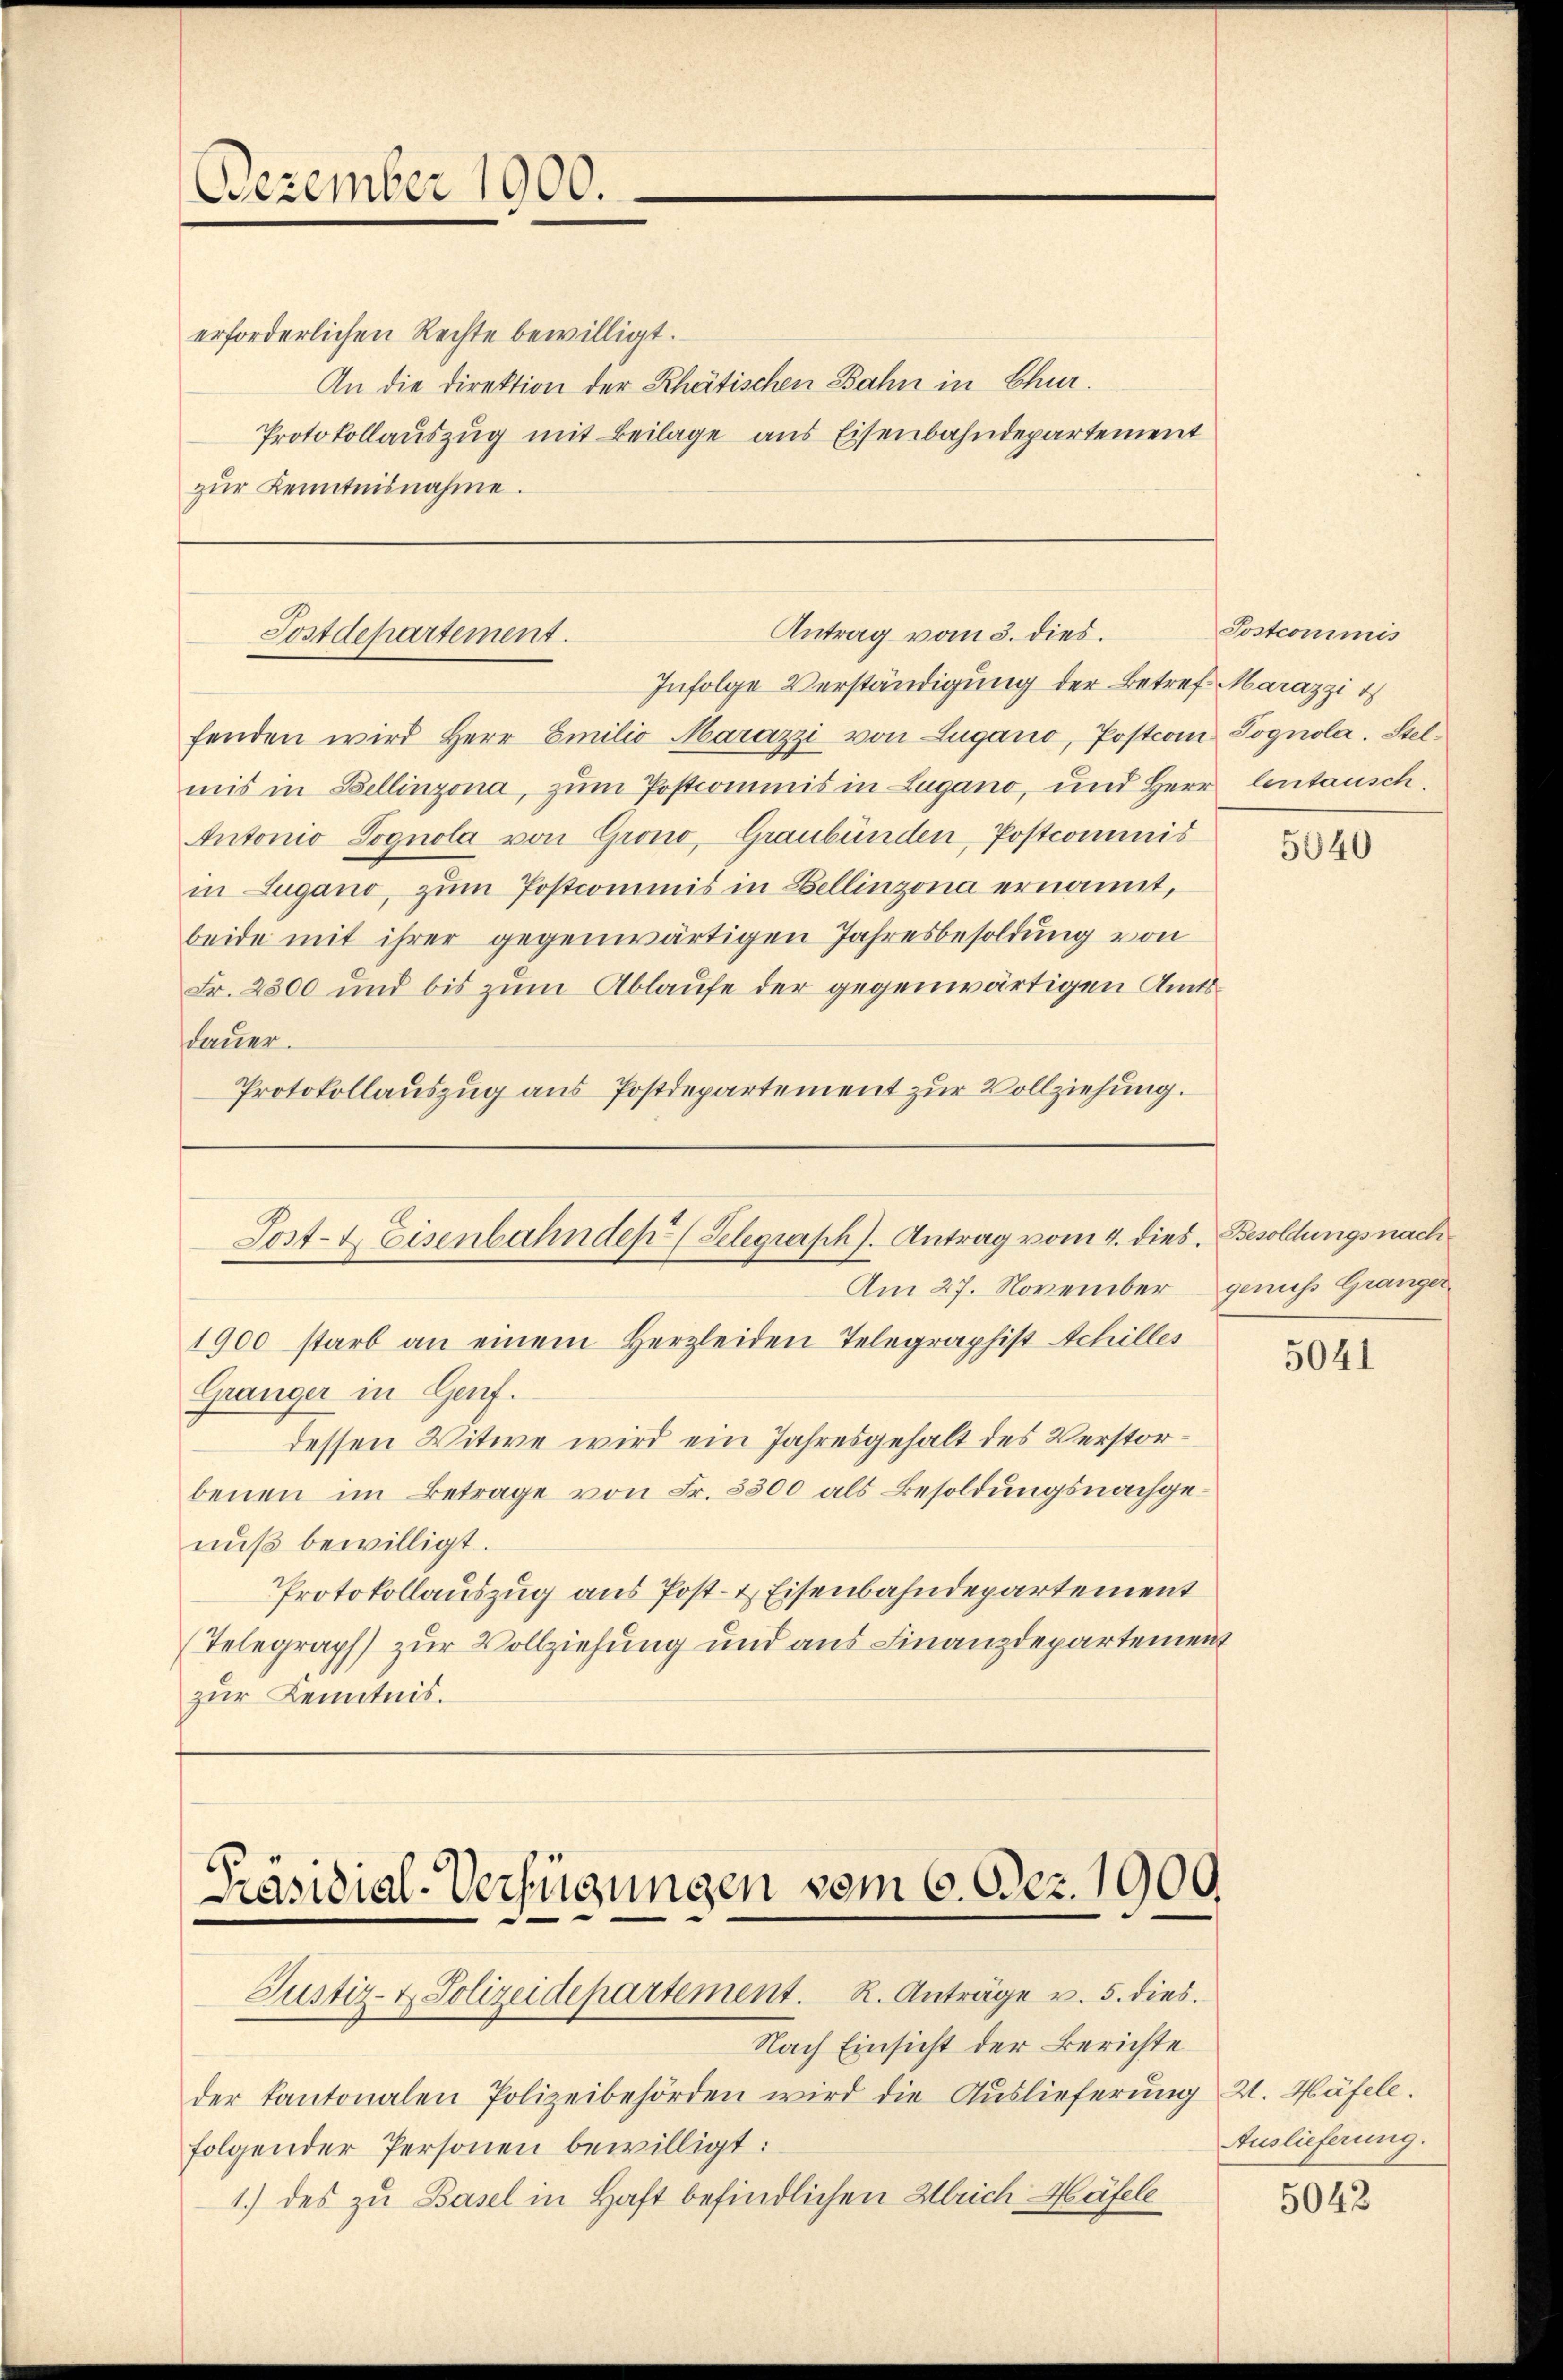
Dezember 1900.

erforderlichen Rechte bewilligt.
An die Direktion der Rhätischen Bahn in Chur.
Protokollauszug mit Beilage aus Eisenbahndepartement
zur Kenntnisnahme.

Antrag vom 3. dies.
Postdepartement.
Infolge Verständigung der Betref Marazzi t

fenden wird Herr Emilio Marazzi von Lugano, Postcom Pognola. Stelmis in Bellinzona, zum Postcommis in Lugano, und Herr Centausch
Antonio Sognola von Grono, Graubünden, Postcommis
in Lugano, zŭm Postcommis in Bellinzona ernannt,
beide mit ihrer gegenwärtigen Jahresbesoldung von
Fr. 2300 und bis zum Ablaufe der gegenwärtigen Amtssdauer.
Protokollauszug aus Postdepartement zur Vollziehung.

Post- & Eisenbahndep (Telegraph s. Antrag vom 4. dies. Besoldungsnach
Am 27. November

1900 starb an einem Herzleiden Telegraphist Achilles

Gränger in Genf.
dessen Witwe wird ein Jahresgehalt des Verstorbenen im Betrage von Fr. 3300 als Besoldungsnachgenuß bewilligt.
Protokollauszug aus Post- & Eisenbahndepartement
(Telegraph zur Vollziehung und aus Finanzdepartement
zŭr Kenntnis.

Präsidial-Verfügungen vom 6. Dez. 1900.
Justiz- & Polizeidepartement. R. Anträge v. 5. dies.

Nach Einsicht der Berichte
der Kantonalen Polizeibehörden wird die Auslieferung 2. Häfele.
folgender Personen bewilligt:
1.) des zu Basel in Haft befindlichen Ulrich Häfele

Postcommis

genuss Gränzer

5040

5041

Auslieferung.

5042